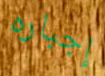
إجباره